Lunatic asylums Punjab 1868-1880 - 1868-1880
Year: 1868
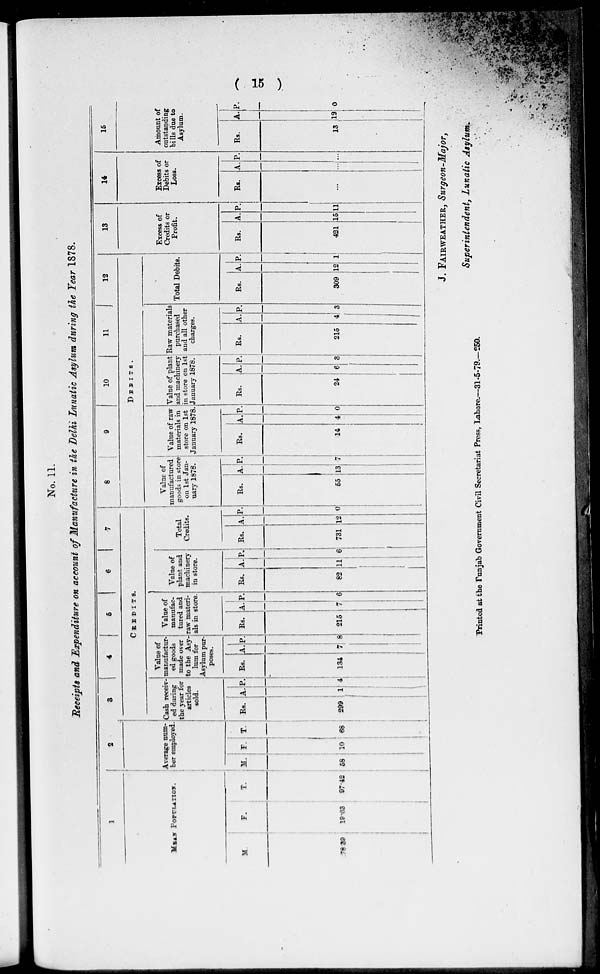
( 15 )
No. 11.
Receipts and Expenditure on account of Manufacture in the Delhi Lunatic Asylum during the Year 1878.
1
MEAN POPULATION.
M.
78.39
F.
19.03
T.
97.42
2
Average num-
ber employed.
M.
58
F.
10
T.
68
3
4
5
6
7
CREDITS.
Cash recav-
ed during
the year for
articles
sold.
Ra.
299
A.
1
P.
4
Value of
ed goods
made over
to the Asy-
lum for
Asylum pur-
poses.
Rs.
134
A.
7
P.
8
Value of
manufac-
tured and
raw materi-
als in store.
Rs.
215
A.
7
P.
6
Value of
plant and
machinery
in store.
Rs.
82
A.
11
P.
6
Total
Credits.
Rs.
731
A.
12
P.
0
8
9
10
11
12
DEBITS.
Value of
manufactured
goods in store
on 1st Jan-
uary 1878.
Rs.
55
A.
13
P.
7
Value of raw
materials in
store on 1st
January 1878.
Rs.
14
A.
4
P.
0
Value of plant
and machinery
in store on 1st
January 1878.
Rs.
24
A.
6
P.
3
Raw materials
purchased
and all other
charges.
Rs.
215
A.
4
P.
3
Total Debits.
Rs.
309
A.
12
P.
1
13
Excess of
Credits or
Profit.
Rs.
421
A.
15
P.
11
14
Excess of
Debits or
Loss.
Rs.
...
A.
...
P.
...
15
Amount of
outstanding
bills due to
Asylum.
Rs.
13
A.
12
P.
0
J. FAIRWEATHER, Surgeon-Major,
Superintendent, Lunatic Asylum
Printed at the Punjab Government Civil Secretariat Press, Lahore—31-5-79.—250.